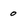
Character: o